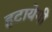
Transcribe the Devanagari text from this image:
हटायेगी